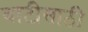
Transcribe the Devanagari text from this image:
बाटीसाठी